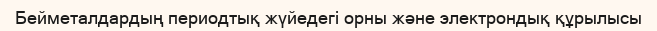
Бейметалдардың периодтық жүйедегі орны және электрондық құрылысы